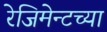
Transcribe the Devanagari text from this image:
रेजिमेन्टच्या